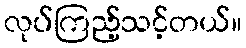
လုပ်ကြည့်သင့်တယ်။